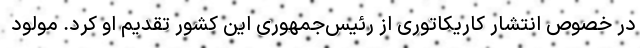
در خصوص انتشار کاریکاتوری از رئیس‌جمهوری این کشور تقدیم او کرد. مولود